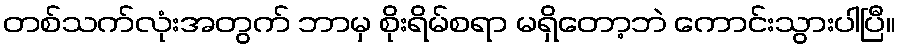
တစ်သက်လုံးအတွက် ဘာမှ စိုးရိမ်စရာ မရှိတော့ဘဲ ကောင်းသွားပါပြီ။